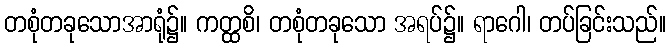
တစုံတခုသောအာရုံ၌။ ကတ္ထစိ၊ တစုံတခုသော အရပ်၌။ ရာဂေါ၊ တပ်ခြင်းသည်။